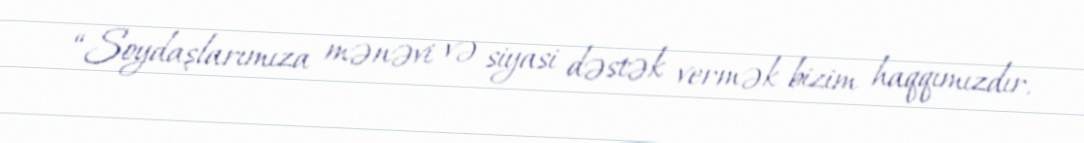
“Soydaşlarımıza mənəvi və siyasi dəstək vermək bizim haqqımızdır.